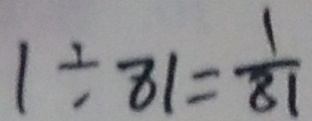
1 \div 8 1 = \frac { 1 } { 8 1 }